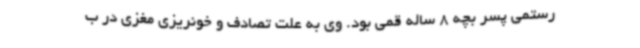
رستمی پسر بچه 8 ساله قمی بود. وی به علت تصادف و خونریزی مغزی در ب